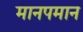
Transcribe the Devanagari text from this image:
मानपमान